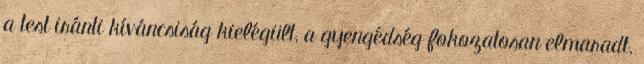
a test iránti kíváncsiság kielégült, a gyengédség fokozatosan elmaradt.